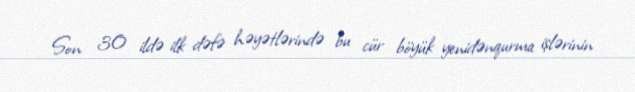
Son 30 ildə ilk dəfə həyətlərində bu cür böyük yenidənqurma işlərinin